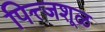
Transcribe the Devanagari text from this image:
पित्त्जशूळ